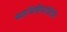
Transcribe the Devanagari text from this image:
व्याधिविनाशिनि